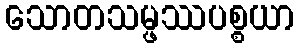
သောတသမ္ဖဿပစ္စယာ